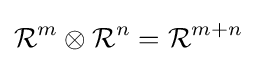
{\mathcal {R}}^{m}\otimes {\mathcal {R}}^{n}={\mathcal {R}}^{m+n}